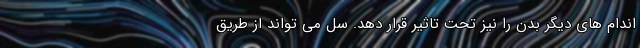
اندام های دیگر بدن را نیز تحت تاثیر قرار دهد. سل می تواند از طریق